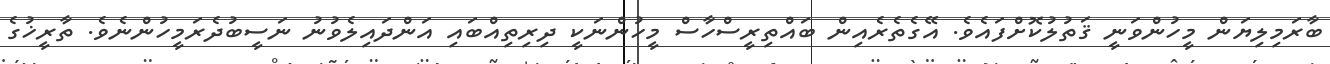
ބާރަމިލިޔަން މީހުންވަނީ ޤަތުލުކޮށްފައެވެ. އޭގެތެރެއިން ބައްތިރީސްހާސް މީހުންނަކީ ދިރިތިއްބައި އަންދައިލެވުނު ނަސީބުދެރަމީހުންނެވެ. ތާރީޚުގެ